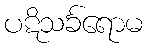
ပဋိသင်္ခရောမ